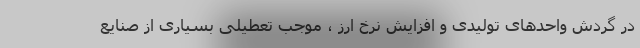
در گردش واحدهای تولیدی و افزایش نرخ ارز ، موجب تعطیلی بسیاری از صنایع